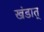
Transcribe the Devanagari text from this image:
खंडात्